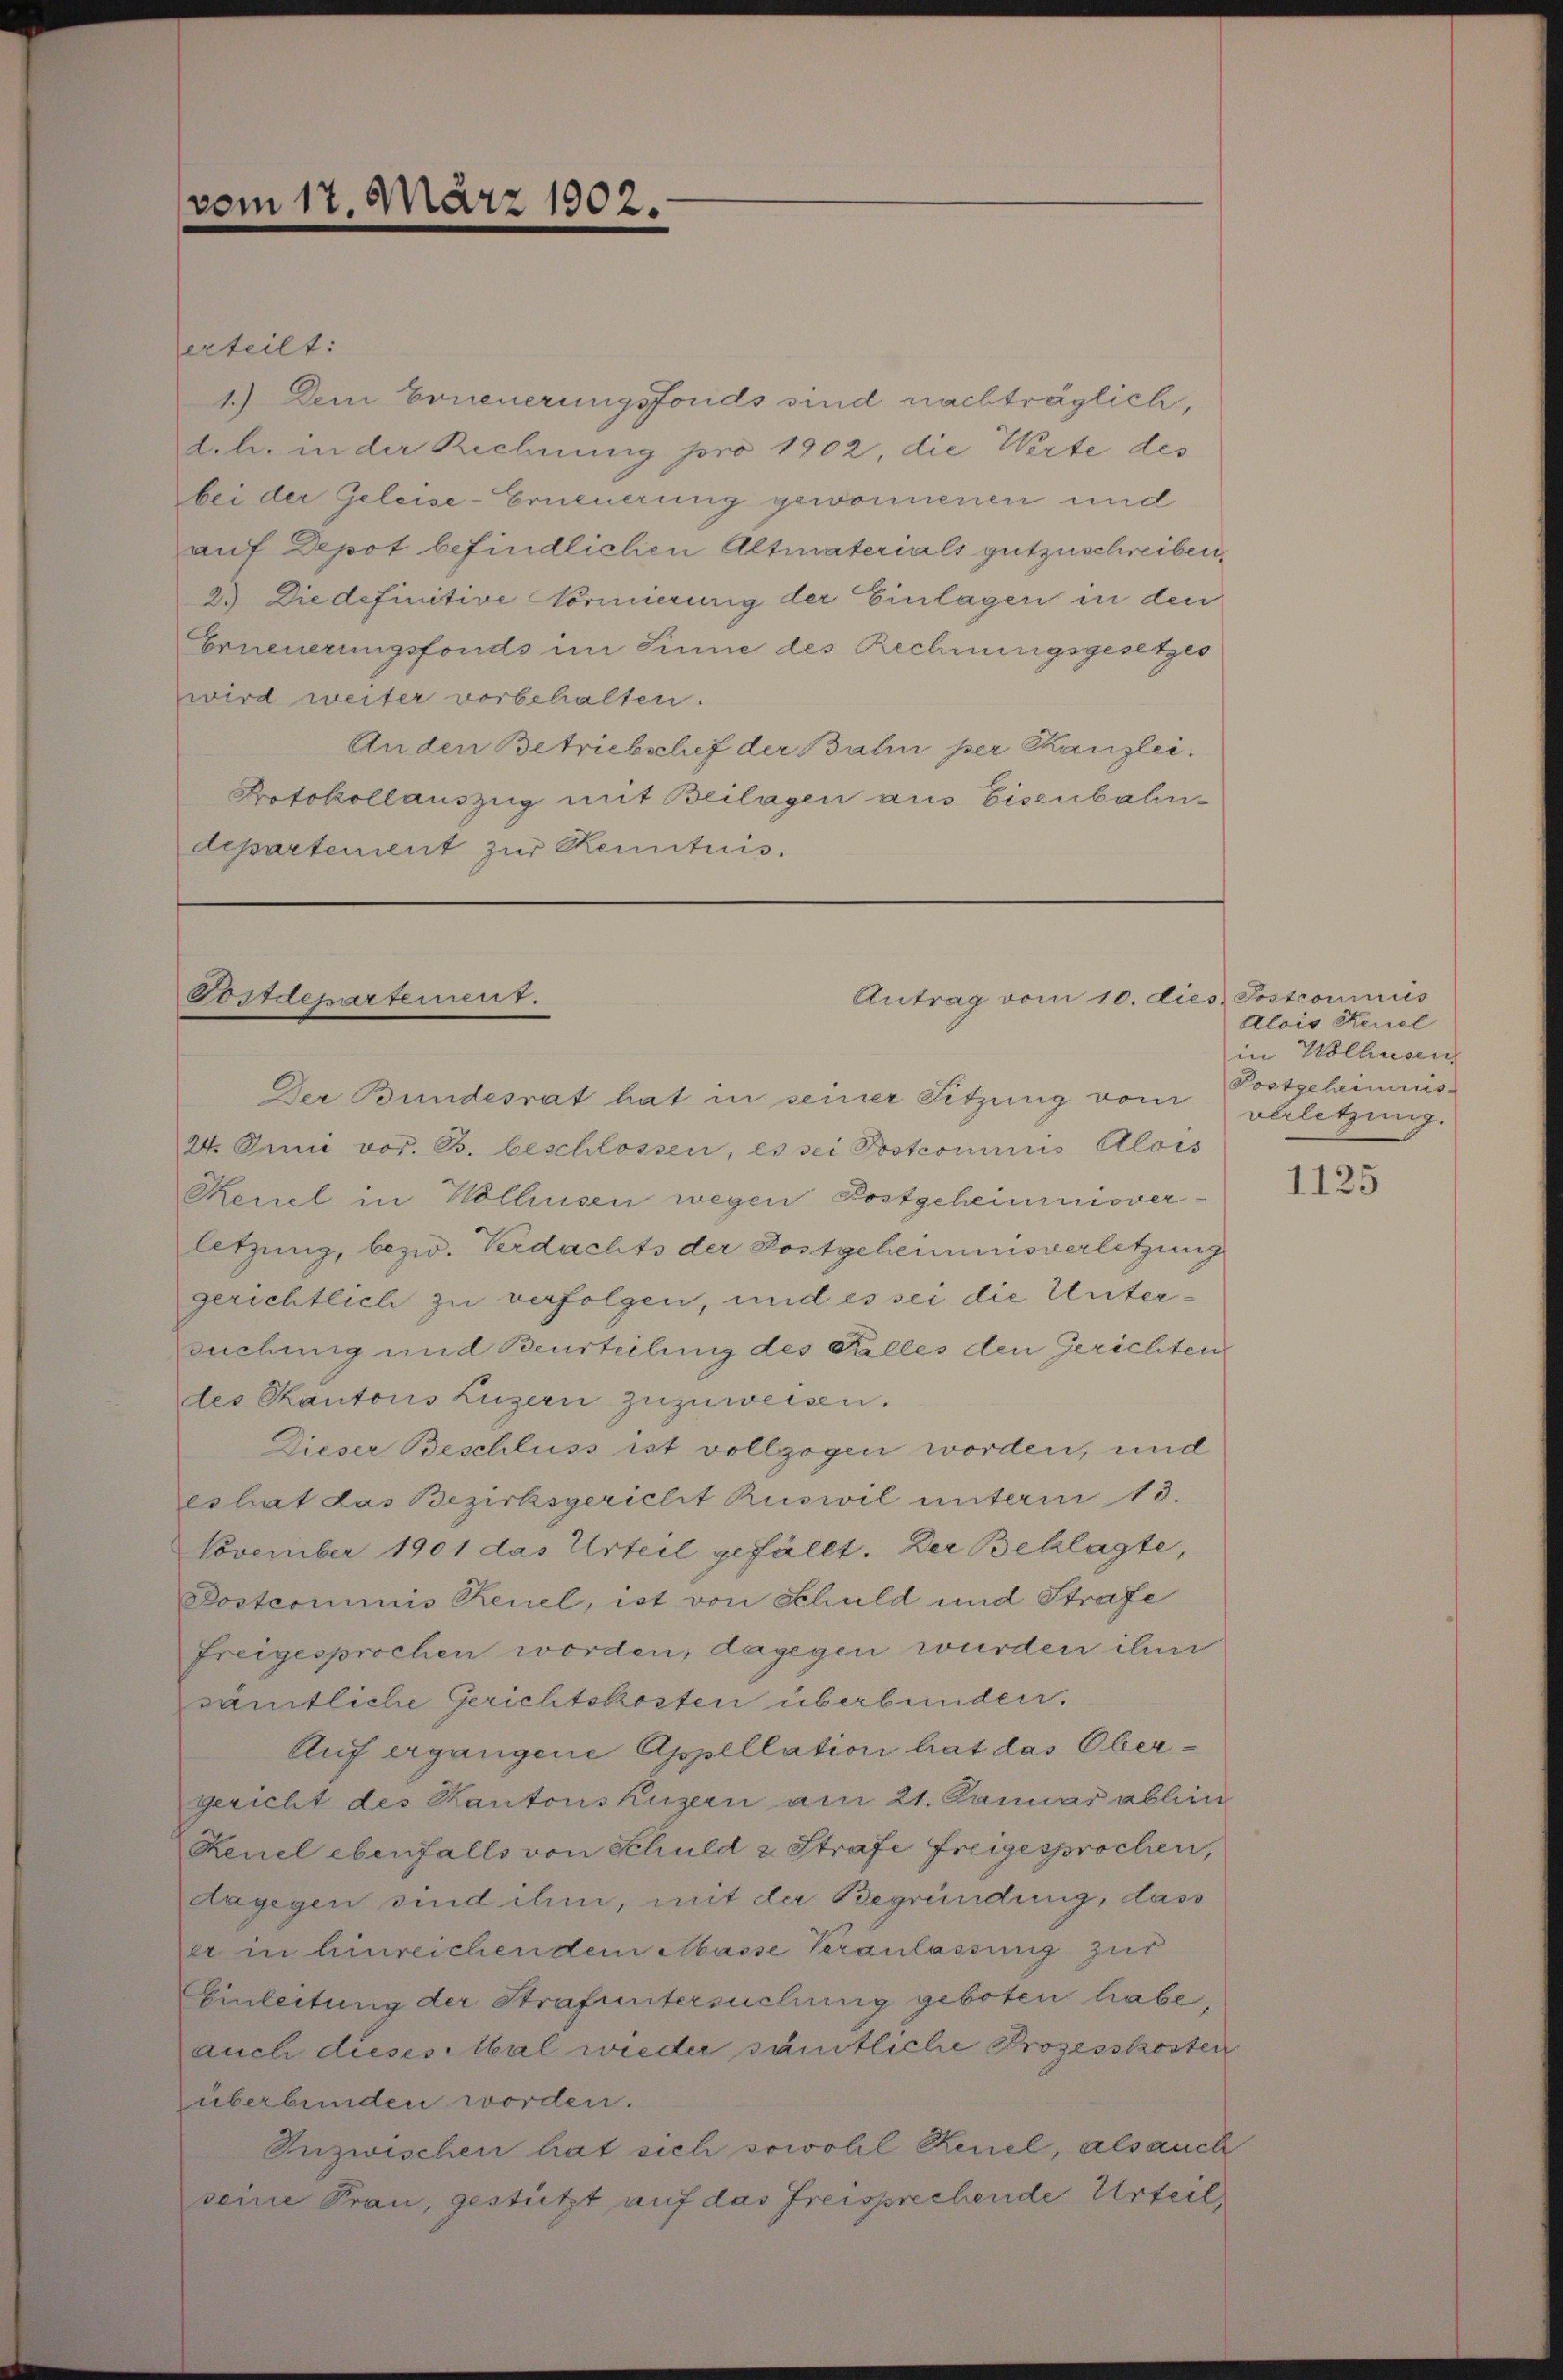
erteilt:
1.) Dem Erneuerungsfords sind nachträglich,
dch. in der Rechnung pro 1902, die Werte des
bei der Geleise-Erneuerung gewonnenen und
auf Depot befindlichen Altmaterials gutzuschreiben.
2.) Die definitive Vormierung der Einlagen in den
Erneuerungsfonds im Sinne des Rechnungsgesetzes
wird weiter vorbehalten.
Anden Betriebschef der Bahn per Kanzlei.
Protokollauszug mit Beilagen aus Eisenbahn-
departement zur Kenntnis.

vom 17. März 1902.

Tostdepartement.

Der Bundesrat hat in seiner Sitzung vom
24. Juni vor. B. beschlossen, es sei Postcommis Alois
Reiel in Wolhusen wegen Postgeheimnisverletzung, bezw. Verdachts der Postgeheimnisverletzung
gerichtlich zu verfolgen, und es sei die Untersuchung und Beurteilung des Falles den Gerichten
des Kantons Luzern zuzuweisen.
Dieser Beschluss ist vollzogen worden, und
eshat das Bezirksgericht Ruswil unterm 13.
November 1901 das Urteil gefällt. Der Beklagte,
Postcommis Reuel, ist von Schuld und Strafe
freigesprochen worden, dagegen wurden ihm
sämtliche Gerichtskosten überbunden.
Auf ergangene Appellation hat das Obergericht des Kantons Luzern am 21. Januar ablen
Kenel ebenfalls von Schuld & Strafe freigesprochen,
dagegen sind ihm, mit der Begründung, dass
er in hinreichendem Masse Veranlassung zur
Einleitung der Strafuntersuchung geboten habe,
auch dieses Mal wieder sämtliche Prozesskosten
überbunden worden.
Inzwischen hat sich sowohl Reuel, als auch
seine Frau, gestützt auf das Freisprechende Urteil,

Antrag vom 10. dies

) Postcommis
Alois Reuel
in Uolhusen
Postgeheimnis
verletzung.

1125